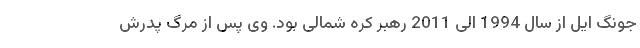
جونگ ایل از سال 1994 الی 2011 رهبر کره شمالی بود. وی پس از مرگ پدرش